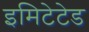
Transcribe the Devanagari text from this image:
इमिटेटेड